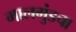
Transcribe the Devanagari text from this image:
मालगुंडचा